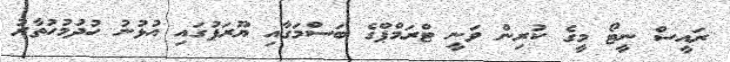
ރައީސް ނީޓޯ މީގެ ކުރިން ވަނީ ޓްރަމްޕްގެ ބަސްމަގާއި ޔޫރަޕުގައި އުޅުނު ހުދުމުހުތާރު